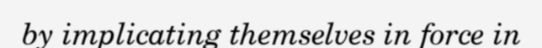
by implicating themselves in force in